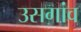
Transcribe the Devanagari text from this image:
उसगांव